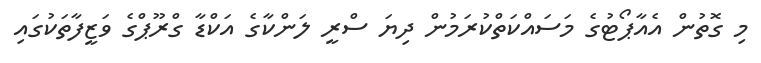
މި ގޮތުން އެއާޕޯޓުގެ މަސައްކަތްކުރަމުން ދިޔަ ސްރީ ލަންކާގެ އަކްޑާ ގްރޫޕްގެ ވަޒީފާތަކުގައި